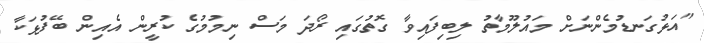
"އަޅުގަނޑުމެންނަށް މައުލޫމާތު ލިބިފައިވާ ގޮތުގައި ރޯދަ މަސް ނިމުމުގެ ކުރީން އެއިން ބޭފުޅަކާ